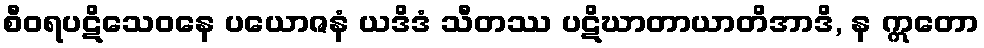
စီဝရပဋိသေဝနေ ပယောဇနံ ယဒိဒံ သီတဿ ပဋိဃာတာယာတိအာဒိ, န ဣတော